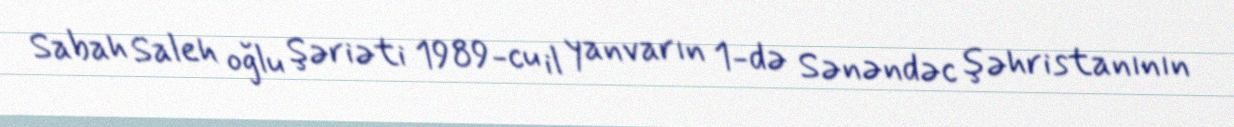
Sabah Saleh oğlu Şəriəti 1989-cu il yanvarın 1-də Sənəndəc şəhristanının